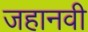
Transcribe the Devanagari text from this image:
जहानवी